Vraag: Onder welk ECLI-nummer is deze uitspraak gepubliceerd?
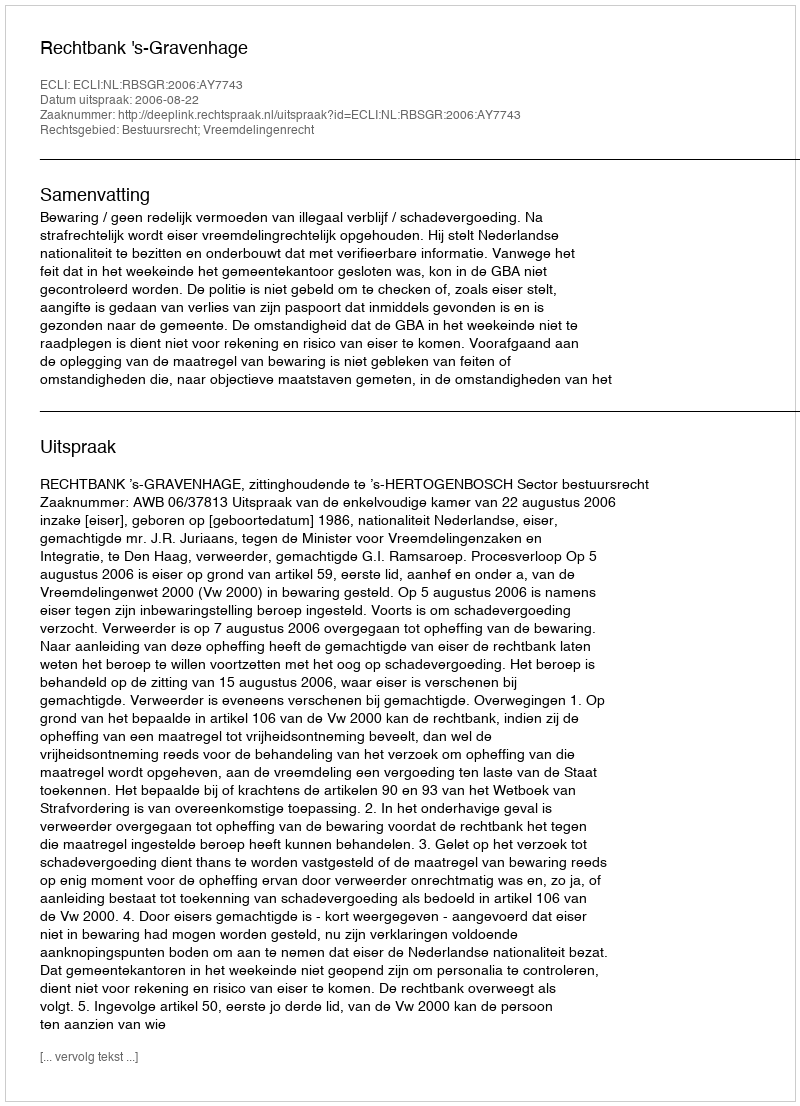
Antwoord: ECLI:NL:RBSGR:2006:AY7743